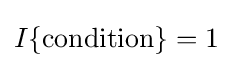
I\{{\text{condition}}\}=1